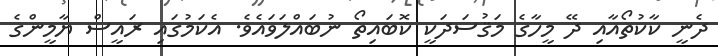
ދެނީ ކާކުތޯއާއި ދޭ މީހާގެ މަޤުސަދަކީ ކޮބައިތޯ ނުބައްލަވައެވެ. އެކަމުގައި ރައީސް ޔާމީންގެ